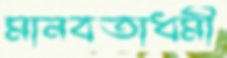
মানবতাধর্মী